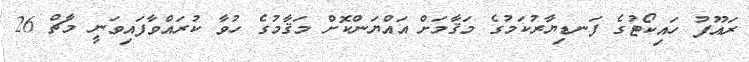
ރައޫފު ހައިކޯޓުގެ ފަނޑިޔާރުކަމުގެ މަޤާމަށް އައްޔަންކޮށް މަޤާމުގެ ހުވާ ކުރައްވާފައިވަނީ މާޗް 26